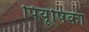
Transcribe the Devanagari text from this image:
पियूषिका